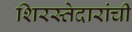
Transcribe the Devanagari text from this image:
शिरस्तेदारांची